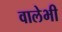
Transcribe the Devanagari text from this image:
वालेभी